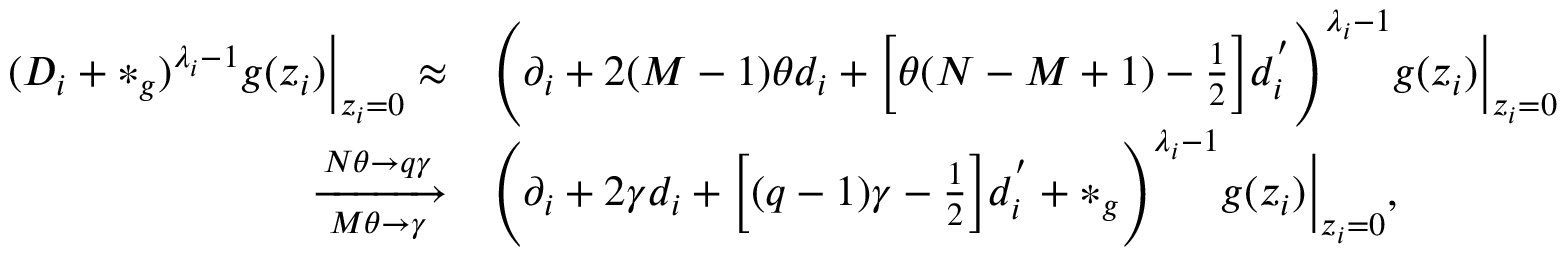
\begin{array} { r l } { ( D _ { i } + * _ { g } ) ^ { \lambda _ { i } - 1 } g ( z _ { i } ) \Bigr | _ { z _ { i } = 0 } \approx } & { \Bigg ( \partial _ { i } + 2 ( M - 1 ) \theta d _ { i } + \Big [ \theta ( N - M + 1 ) - \frac { 1 } { 2 } \Big ] d _ { i } ^ { ' } \Bigg ) ^ { \lambda _ { i } - 1 } g ( z _ { i } ) \Bigr | _ { z _ { i } = 0 } } \\ { \xrightarrow [ M \theta \rightarrow \gamma ] { N \theta \rightarrow q \gamma } } & { \Bigg ( \partial _ { i } + 2 \gamma d _ { i } + \Big [ ( q - 1 ) \gamma - \frac { 1 } { 2 } \Big ] d _ { i } ^ { ' } + * _ { g } \Bigg ) ^ { \lambda _ { i } - 1 } g ( z _ { i } ) \Bigr | _ { z _ { i } = 0 } , } \end{array}